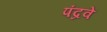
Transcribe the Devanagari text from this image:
पंद्रवें